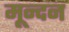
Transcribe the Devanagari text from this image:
मून्दन